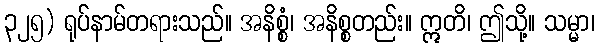
၃၂၅) ရုပ်နာမ်တရားသည်။ အနိစ္စံ၊ အနိစ္စတည်း။ ဣတိ၊ ဤသို့။ သမ္မာ၊